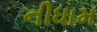
નીધામ